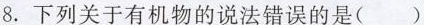
8.下列关于有机物的说法错误的是()